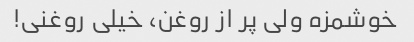
خوشمزه ولی پر از روغن، خیلی روغنی!